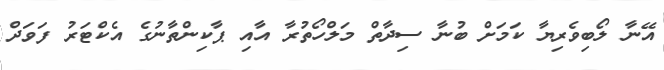
އޭނާ ލޯބިވެރިޔާ ކަމަށް ބުނާ ސިދާތް މަލްހޯތުރާ އާއި ޕާކިންތާނުގެ އެކްޓަރު ފަވަދް